Leaving Certificate Examination, 1922
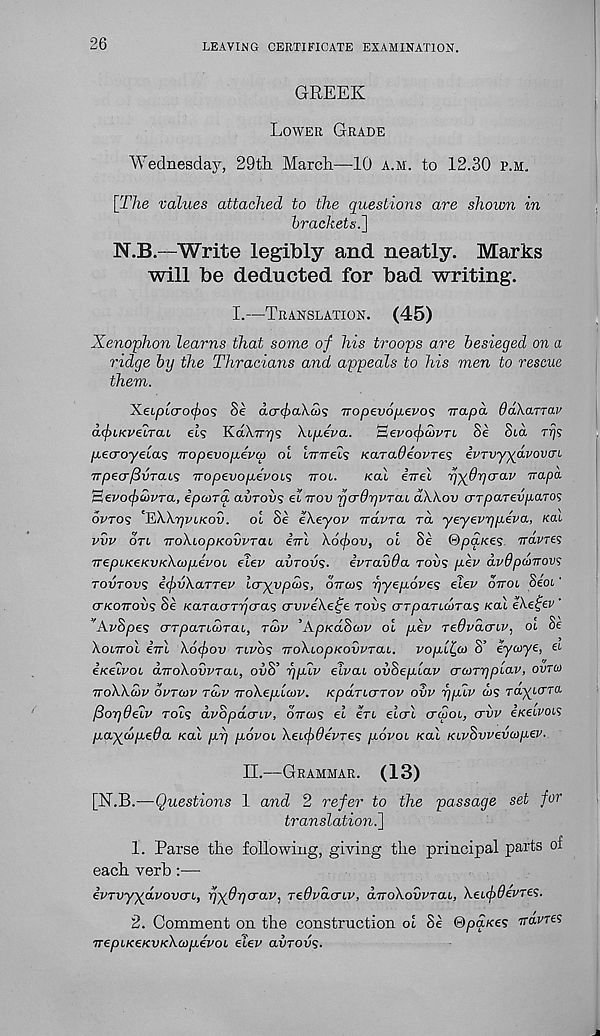
26
LEAVING CERTIFICATE EXAMINATION.
GREEK
LOWER GRADE
Wednesday, 29tli March—10 A.M. to 12.30 P.M.
[The values attached to the questions are shown in
brackets.']
N.B.—Write legibly and neatly. Marks
will be deducted for bad writing.
I.—TRANSLATION.
(45)
Xenophon learns that some of his troops are besieged on a
ridge by the Thracians and appeals to his men to rescue
them.
Xeiptcrcx^os Se <xcr^)aA.w? Tropevofjievos irapa OakarTav
(icfiKveLTai et? KaGrTjs \ipeva.
aevotpcovTi. Se SG TTJS
peo-oyelas iropevopeva) ol irnreLs Karadeo^re? ivTvyyoLvovm
TTpecr/SvTcus nopevopevoi 1 ; TTOI.
KO! eiret rj-yOpcrav rrapa.
'aevcxpcovTct, ipaiTa, avrovs el TTOV fjo-drjVTCu dXkov arpa-Tevparos
OVTOS 'JhkkpvLKOv. oi Se ekeyop navra ra yeyevrjpeva, KCLL
vvv OTL irokiopKovvTai eiri kotfov, ol Se ©paxes Tram?
TTepLKeKvxkaipevoL elev avrovs- evravda TOVS pev dvdpanrovs
TOVTOVS icfivkaTTer lcryvpd>s, OTTOJS pyepoves elev OTTOL Sect'
(TKOTTOVS Se KaracrTrjcras avveke^e TOVS arpaTLcoras /cat eke^ev '
'AvSpes (TTpancoTai, TCOV ’AphcdSuv ol pev Tedvdaiv, OL Se
hoLwol ini k6(j)ov TLVOS nokiopKovvTUi. vopl^co S’ eycoye, ei
ixeivoi dnokovvraL, ovi? r/plv elvai ovheplav crwrypLav, OVTCO
nokkcov OVTCOV TCLV nokepicov. KpaTLerrov ovv ppiv &>s raytcrra
fiorjOelv TOLS dvopdcrLv, OTTW? et ert etcrt CTOIOL, crvv ixeivoLS
paycopeda /cat py povoi keupdevres povoi xal KivSvvevcopev.
II.—GRAMMAR. (13)
[X.H.—Questions 1 and 2 refer to the passage set for
translation.]
1. Parse the following, giving the principal parts oi
each verb:—
ivTvyydvova-L, fydr/crav, TeOvdcnv, dnokovvTai, keufiOevTes.
2. Comment on the construction ol Se ©paxes rravres
nepLxexvxhcopevoL elev avrovs-